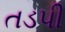
તડપી